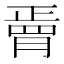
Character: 𦟆